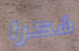
شكرا